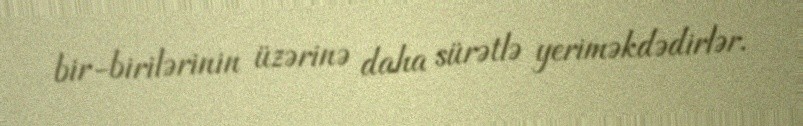
bir-birilərinin üzərinə daha sürətlə yeriməkdədirlər.